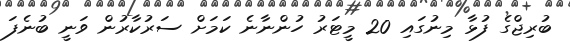
ބުރިޖްގެ ފުޅާ މިނުގައި 20 މީޓަރު ހުންނާނެ ކަމަށް ސަރުކާރުން ވަނީ ބުނެފަ